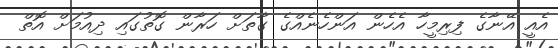
އެއީ އޭނާގެ ފިރިމީހާ އެހެން އަންހެނެއްގެ ގާތަށް ހަރާން ގޮތުގައި ދިއުމަށް އޮތް